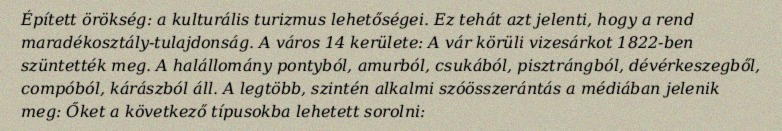
Épített örökség: a kulturális turizmus lehetőségei. Ez tehát azt jelenti, hogy a rend maradékosztály-tulajdonság. A város 14 kerülete: A vár körüli vizesárkot 1822-ben szüntették meg. A halállomány pontyból, amurból, csukából, pisztrángból, dévérkeszegből, compóból, kárászból áll. A legtöbb, szintén alkalmi szóösszerántás a médiában jelenik meg: Őket a következő típusokba lehetett sorolni: